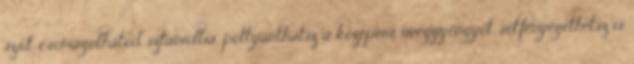
sz.rt, csomagolhatod sztaniolba, pottyanthatsz a közepére üveggyöngyöt. sőt.fenyegethetsz is